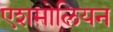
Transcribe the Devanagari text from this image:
एशमोलियन